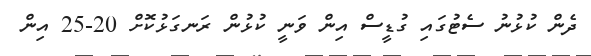
ދެން ކުޅުނު ސެޓުގައި ގުޑީސް އިން ވަނީ ކުޅުން ރަނގަޅުކޮށް 20-25 އިން